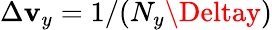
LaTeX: \Delta\mathbf{v}_{y}=1/(N_{y}\Deltay)